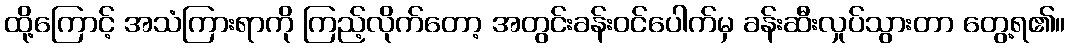
ထို့ကြောင့် အသံကြားရာကို ကြည့်လိုက်တော့ အတွင်းခန်းဝင်ပေါက်မှ ခန်းဆီးလှုပ်သွားတာ တွေ့ရ၏။